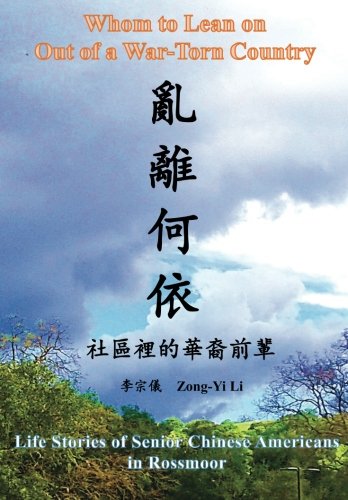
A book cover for Whom to Lean on Out a War-Torn Country: Life Stories of Senior Chinese Americans in Rossmoor (Volume 1) (Chinese Edition); Zong-Yi Li; Biographies & Memoirs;